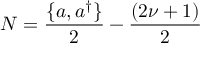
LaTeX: N = { \frac { \{ a , a ^ { \dagger } \} } { 2 } } - { \frac { ( 2 \nu + 1 ) } { 2 } }